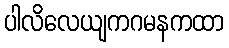
ပါလိလေယျကဂမနကထာ